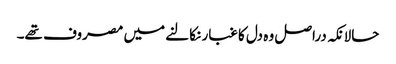
حالانکہ دراصل وہ دل کا غبار نکالنے میں مصروف تھے۔